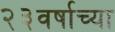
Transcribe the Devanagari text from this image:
२३वर्षाच्या